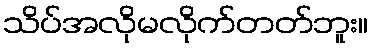
သိပ်အလိုမလိုက်တတ်ဘူး။